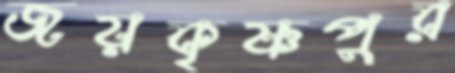
জয়কৃষ্ণপুর